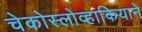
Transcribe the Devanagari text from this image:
चेकोस्लोव्हाकियाने